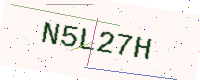
Text: N5L27H